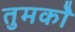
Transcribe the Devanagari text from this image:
तुमकोे